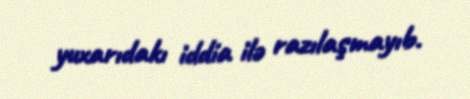
yuxarıdakı iddia ilə razılaşmayıb.